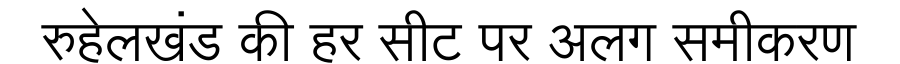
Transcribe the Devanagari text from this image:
रुहेलखंड की हर सीट पर अलग समीकरण